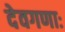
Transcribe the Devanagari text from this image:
देवगणाः